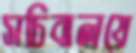
সচিবালয়ে